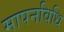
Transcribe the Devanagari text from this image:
मापनविधि